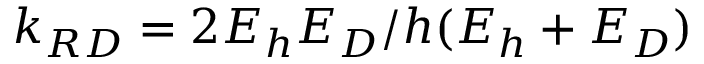
k _ { R D } = 2 E _ { h } E _ { D } / h ( E _ { h } + E _ { D } )